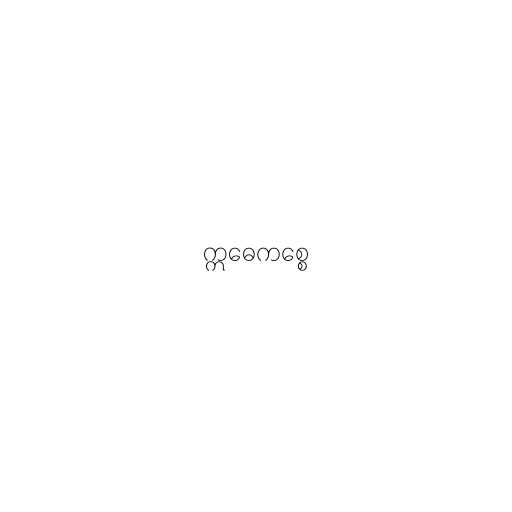
ဣဓေကစ္စေ